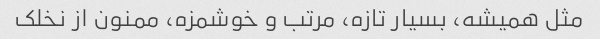
مثل همیشه، بسیار تازه، مرتب و خوشمزه، ممنون از نخلک